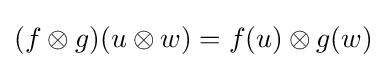
(f\otimes g)(u\otimes w)=f(u)\otimes g(w)